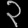
Digit: ၃